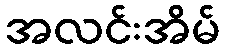
အလင်းအိမ်